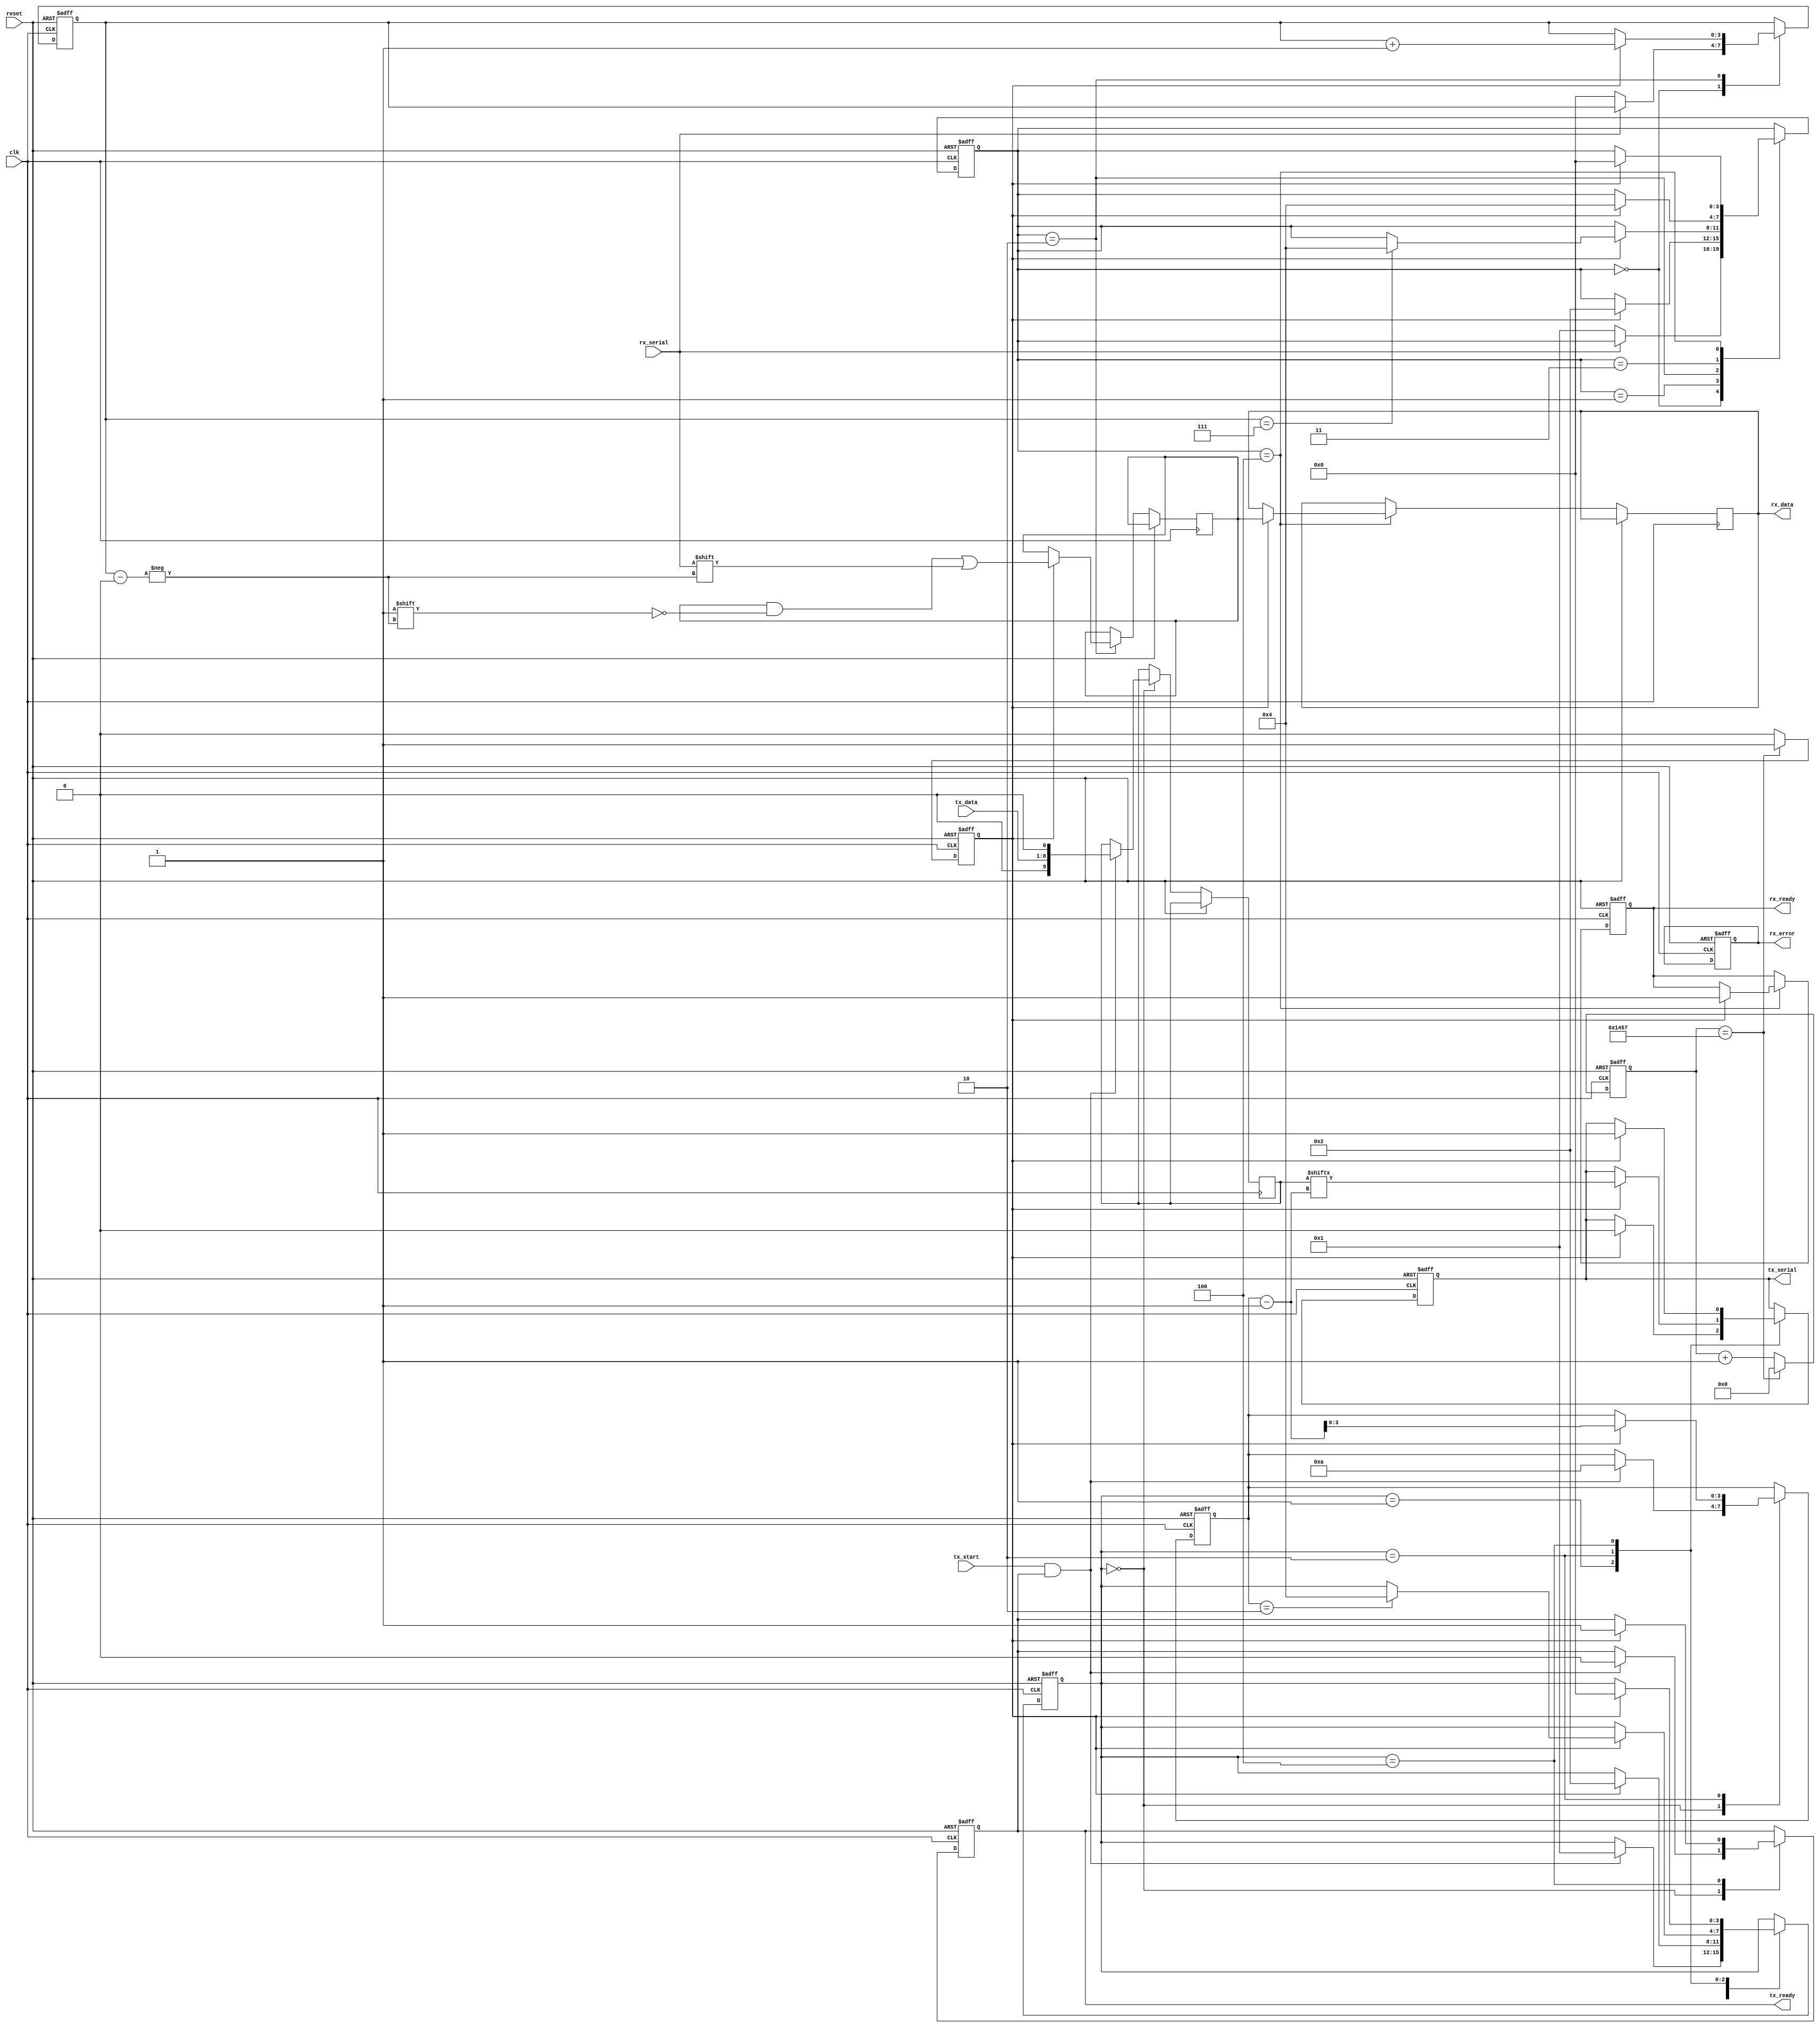
module parameterized_uart #(
    parameter BAUD_RATE = 9600,
    parameter DATA_WIDTH = 8,
    parameter STOP_BITS = 1,
    parameter PARITY = "NONE" // Options: "NONE", "EVEN", "ODD"
)(
    input wire clk,          // System clock
    input wire reset,        // Reset signal
    input wire tx_start,     // Start transmission signal
    input wire [DATA_WIDTH-1:0] tx_data, // Data to transmit
    output reg tx_ready,     // Transmitter ready signal
    output reg tx_serial,     // Serial output for transmission
    input wire rx_serial,     // Serial input for reception
    output reg [DATA_WIDTH-1:0] rx_data, // Received data
    output reg rx_ready,      // Receiver ready signal
    output reg rx_error       // Error flag for reception
);

// Baud rate clock generation
localparam CLOCK_DIV = 50000000 / BAUD_RATE; // Assuming 50MHz clock
reg [15:0] baud_counter;
reg baud_tick;

always @(posedge clk or posedge reset) begin
    if (reset) begin
        baud_counter <= 0;
        baud_tick <= 0;
    end else begin
        if (baud_counter == CLOCK_DIV - 1) begin
            baud_counter <= 0;
            baud_tick <= 1;
        end else begin
            baud_counter <= baud_counter + 1;
            baud_tick <= 0;
        end
    end
end

// Transmitter logic
reg [3:0] tx_state;
reg [DATA_WIDTH+1:0] tx_shift_reg; // Data + start + parity + stop
reg [3:0] tx_bit_count;

localparam TX_IDLE = 0, TX_START = 1, TX_DATA = 2, TX_PARITY = 3, TX_STOP = 4;

always @(posedge clk or posedge reset) begin
    if (reset) begin
        tx_state <= TX_IDLE;
        tx_ready <= 1;
        tx_serial <= 1; // Idle state is high
        tx_bit_count <= 0;
    end else begin
        case (tx_state)
            TX_IDLE: begin
                if (tx_start && tx_ready) begin
                    tx_shift_reg <= {tx_data, 1'b0}; // Start bit
                    if (PARITY == "EVEN")
                        tx_shift_reg[DATA_WIDTH + 1] <= ~^tx_data; // Even parity
                    else if (PARITY == "ODD")
                        tx_shift_reg[DATA_WIDTH + 1] <= ^tx_data; // Odd parity
                    tx_bit_count <= DATA_WIDTH + STOP_BITS + 1; // Data + parity + stop bits
                    tx_state <= TX_START;
                    tx_ready <= 0;
                end
            end
            TX_START: begin
                if (baud_tick) begin
                    tx_serial <= 0; // Send start bit
                    tx_state <= TX_DATA;
                end
            end
            TX_DATA: begin
                if (baud_tick) begin
                    tx_serial <= tx_shift_reg[tx_bit_count - 1]; // Send next bit
                    tx_bit_count <= tx_bit_count - 1;
                    if (tx_bit_count == 1 + STOP_BITS) begin
                        tx_state <= TX_STOP;
                    end
                end
            end
            TX_STOP: begin
                if (baud_tick) begin
                    tx_serial <= 1; // Send stop bit
                    if (STOP_BITS == 2) begin
                        tx_state <= TX_IDLE; // Additional stop bit
                    end else begin
                        tx_state <= TX_IDLE;
                        tx_ready <= 1; // Ready for next transmission
                    end
                end
            end
        endcase
    end
end

// Receiver logic
reg [3:0] rx_state;
reg [3:0] rx_bit_count;
reg [DATA_WIDTH-1:0] rx_shift_reg;

localparam RX_IDLE = 0, RX_START = 1, RX_DATA = 2, RX_PARITY = 3, RX_STOP = 4;

always @(posedge clk or posedge reset) begin
    if (reset) begin
        rx_state <= RX_IDLE;
        rx_ready <= 0;
        rx_error <= 0;
        rx_bit_count <= 0;
    end else begin
        case (rx_state)
            RX_IDLE: begin
                if (!rx_serial) begin // Detect start bit
                    rx_state <= RX_START;
                    rx_bit_count <= 0;
                end
            end
            RX_START: begin
                if (baud_tick) begin
                    rx_state <= RX_DATA;
                end
            end
            RX_DATA: begin
                if (baud_tick) begin
                    rx_shift_reg[rx_bit_count] <= rx_serial; // Read data bit
                    rx_bit_count <= rx_bit_count + 1;
                    if (rx_bit_count == DATA_WIDTH - 1) begin
                        if (PARITY != "NONE") rx_state <= RX_PARITY;
                        else rx_state <= RX_STOP;
                    end
                end
            end
            RX_PARITY: begin
                if (baud_tick) begin
                    // Check parity
                    if ((PARITY == "EVEN" && rx_serial != ~^rx_shift_reg) ||
                        (PARITY == "ODD" && rx_serial != ^rx_shift_reg)) begin
                        rx_error <= 1; // Parity error
                    end
                    rx_state <= RX_STOP;
                end
            end
            RX_STOP: begin
                if (baud_tick) begin
                    rx_ready <= 1; // Data is ready
                    rx_data <= rx_shift_reg; // Output received data
                    rx_state <= RX_IDLE; // Reset to idle
                end
            end
        endcase
    end
end

endmodule